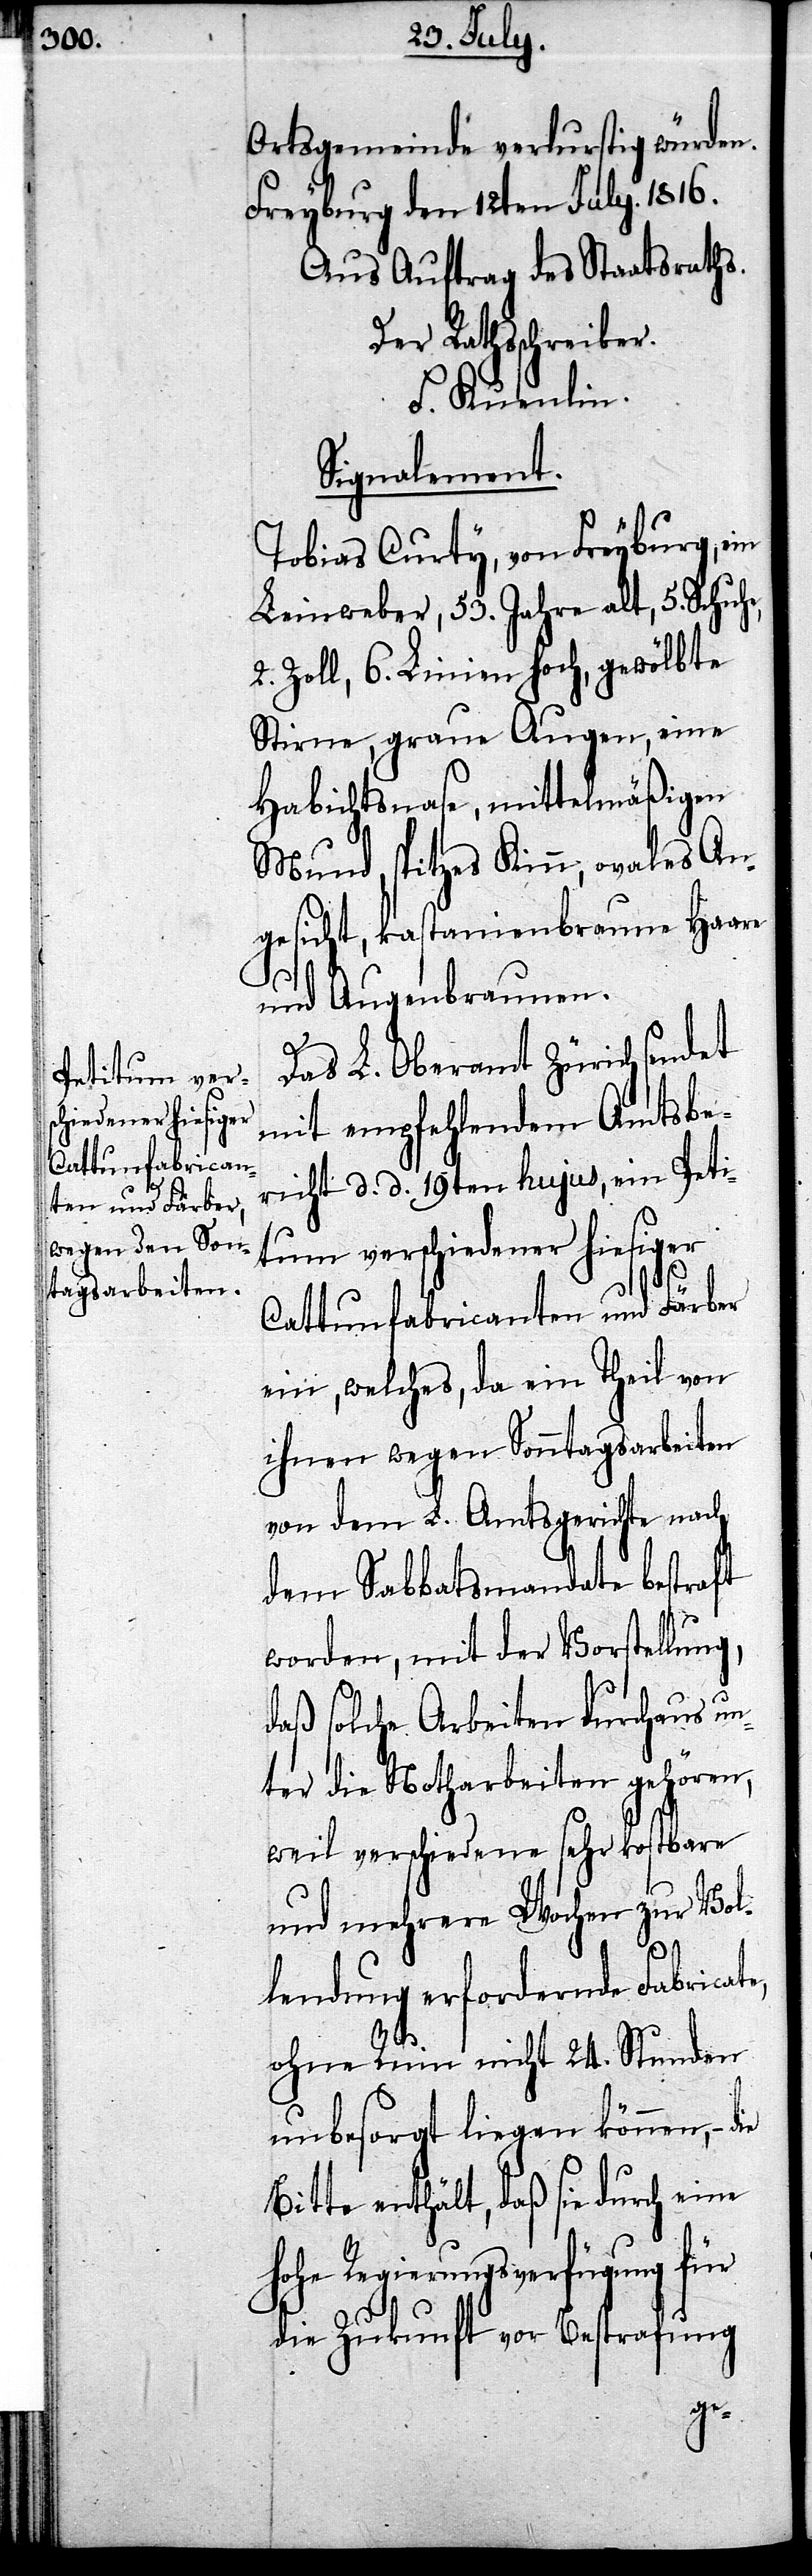
e,

Ortsgemeinde verdurstig würden.
Freyburg den 12ten July. 1816.
Aus Auftrag des Staatsraths.
Der Rathsschreiber.
F. Kuenlin.
Signalement.
Tobias Curty, von Freyburg, ein
Leinweber, 53. Jahre alt, 5. Schuh¬
2. Zoll, 6. Linien hoch, gewölbte
Stirne, graue Augen, eine
Habichtsnase, mittelmäßigen
Mund, spitzes Kinn, ovales An¬
gesicht, kastanienbraune Haare
die
und Augenbrauen.
Das L. Oberamt Zürich sendet
mit empfehlendem Amtsbe¬
richt d. d. 19ten hujus, ein Peti¬
tum verschiedener hiesiger
Cattumfabricanten und Färber
ein, welches, da ein Theil von
ihnen wegen Sonntagsarbeiten
von dem L. Amtsgerichte nach
dem Sabbatsmandate bestraft
worden, mit der Vorstellung,
daß solche Arbeiten durchaus un¬
ter die Notharbeiten gehören,
weil verschiedene sehr kostbare
und mehrere Wochen zur Vol¬
lendung erfordernden Fabricate,
ohne Ruin nicht 24. Stunden
unbesorgt liegen können, –
Bitte enthält, daß sie durch eine
hohe Regierungsverfügung für
die Zukunft vor Bestrafung